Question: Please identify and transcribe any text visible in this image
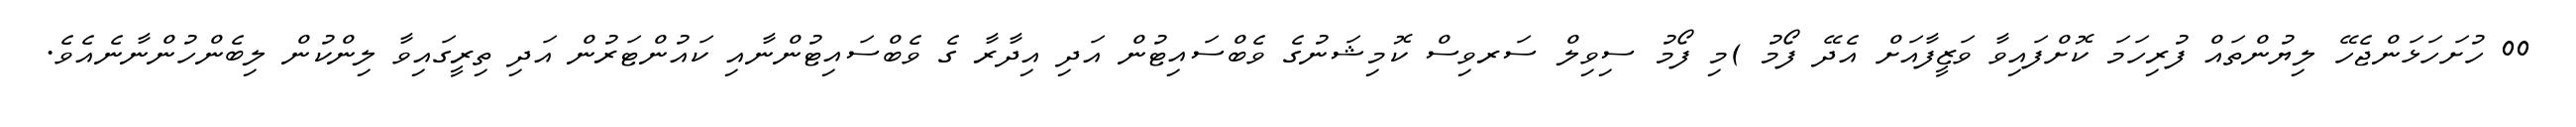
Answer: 00 ހުށަހަޅަންޖެހޭ ލިޔުންތައް ފުރިހަމަ ކޮށްފައިވާ ވަޒީފާއަށް އެދޭ ފޯމު )މި ފޯމު ސިވިލް ސަރވިސް ކޮމިޝަނުގެ ވެބްސައިޓުން އަދި އިދާރާ ގެ ވެބްސައިޓުންނާއި ކައުންޓަރުން އަދި ތިރީގައިވާ ލިންކުން ލިބެންހުންނާނެއެވެ.